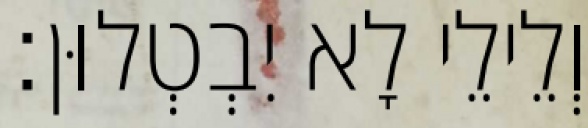
וְלֵילֵי לָא יִבְטְלוּן׃